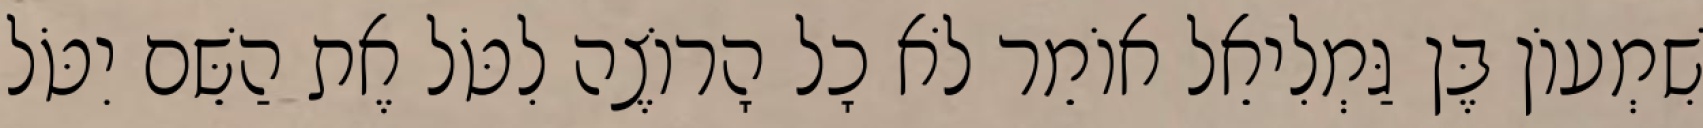
שִׁמְעוֹן בֶּן גַּמְלִיאֵל אוֹמֵר לֹא כָל הָרוֹצֶה לִטֹּל אֶת הַשֵּׁם יִטֹּל